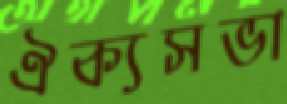
ঐক্যসভা